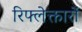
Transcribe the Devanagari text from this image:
रिफ्लेक्तारों